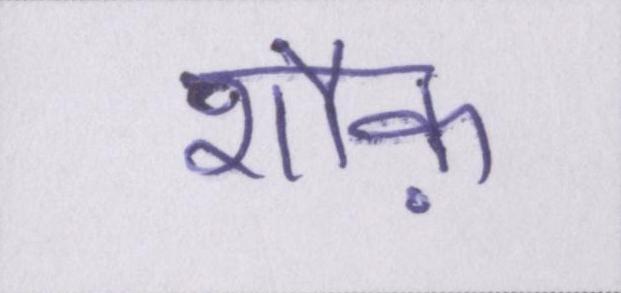
शौक़